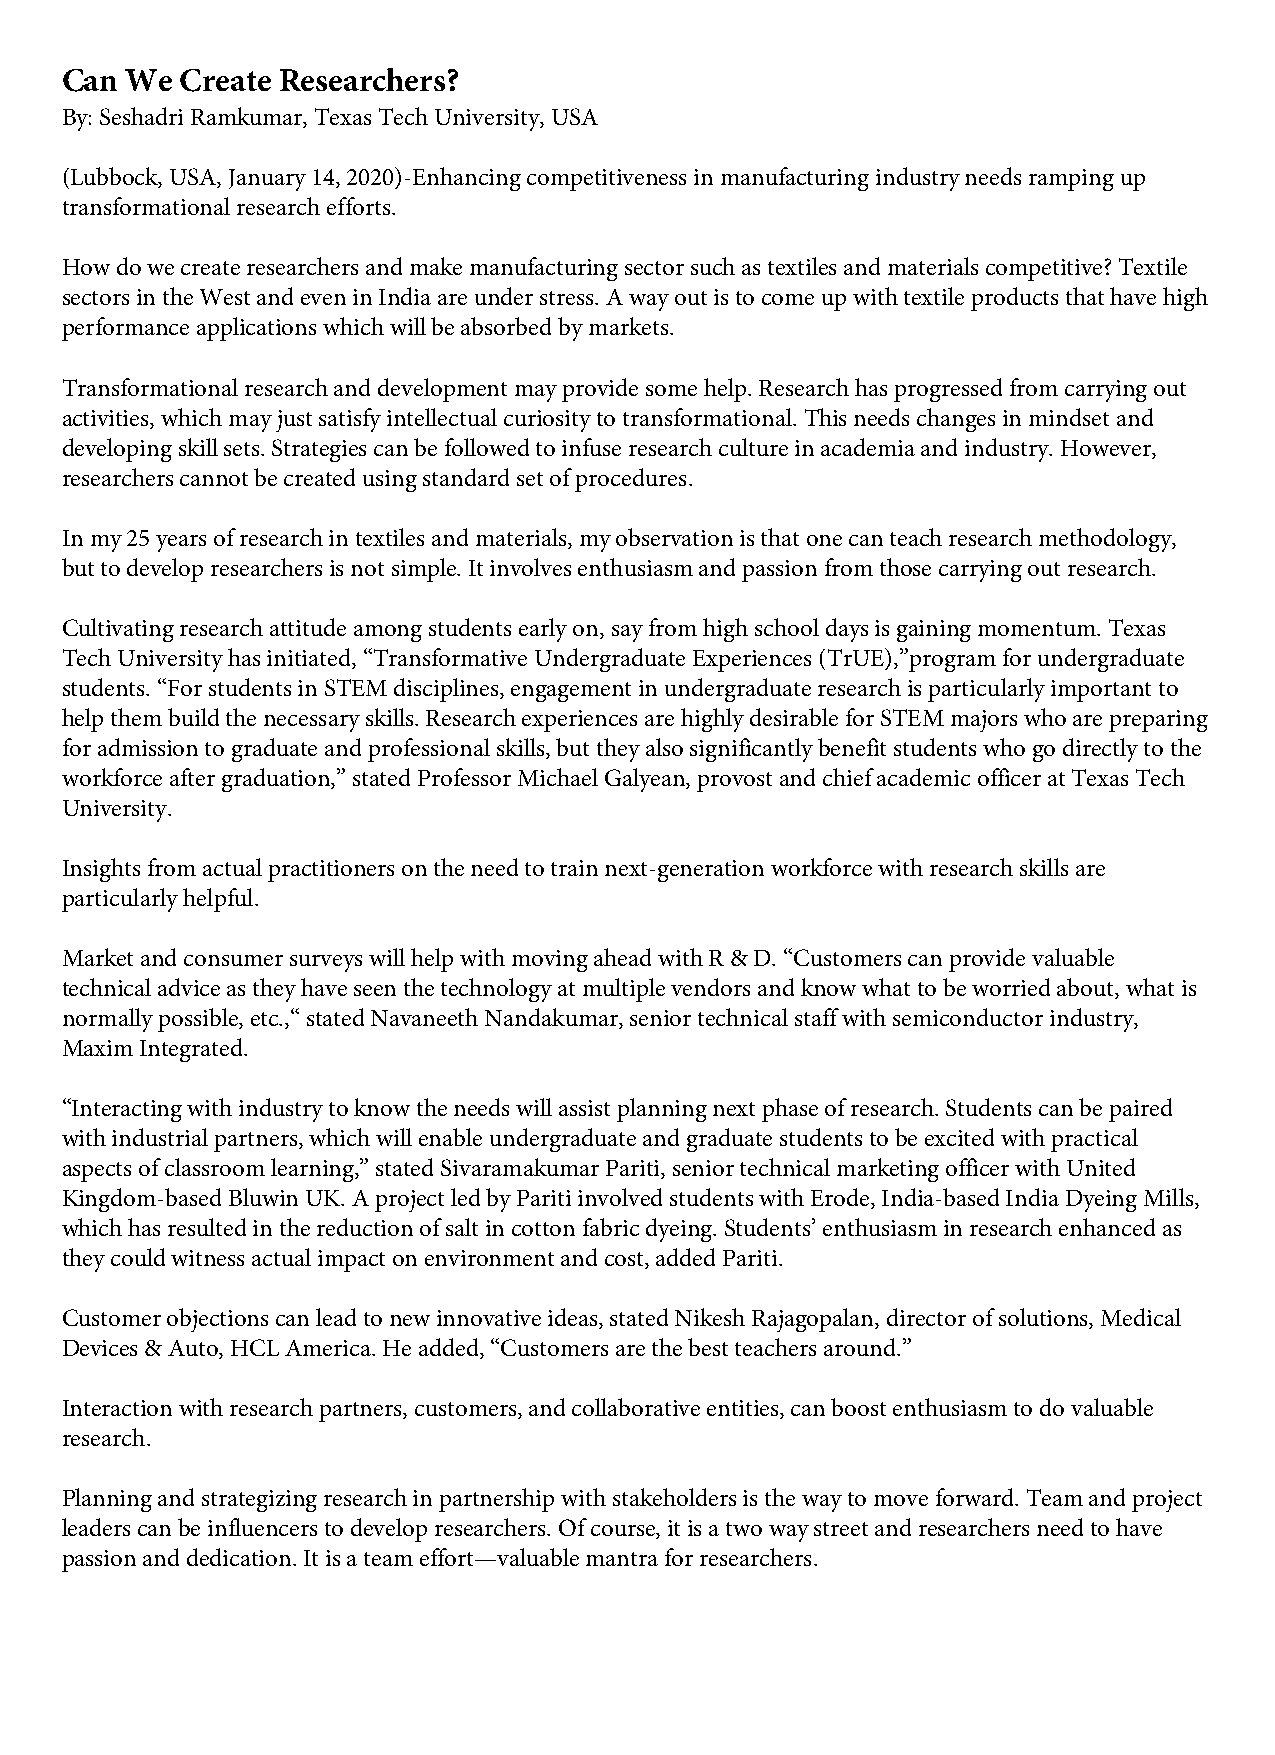
Can We  Create Researchers?
 By: Seshadri Ramkumar, Texas Tech University, USA
 (Lubbock, USA, January 14, 2020)-Enhancing competitiveness in manufacturing industry needs ramping up
 transformational research efforts.
 How do we create researchers and make manufacturing sector such as textiles and materials competitive? Textile
 sectors in the West and even in India are under stress. A way out is to come up with textile products that have high
 performance applications which will be absorbed by markets.
 Transformational research and development may provide some help. Research has progressed from carrying out
 activities, which may just satisfy intellectual curiosity to transformational. This needs changes in mindset and
 developing skill sets. Strategies can be followed to infuse research culture in academia and industry. However,
 researchers cannot be created using standard set of procedures.
 In my 25 years of research in textiles and materials, my observation is that one can teach research methodology,
 but to develop researchers is not simple. It involves enthusiasm and passion from those carrying out research.
 Cultivating research attitude among students early on, say from high school days is gaining momentum. Texas
 Tech University has initiated, “Transformative Undergraduate Experiences (TrUE),”program for undergraduate
 students. “For students in STEM disciplines, engagement in undergraduate research is particularly important to
 help them build the necessary skills. Research experiences are highly desirable for STEM majors who are preparing
 for admission to graduate and professional skills, but they also significantly benefit students who go directly to the
 workforce after graduation,” stated Professor Michael Galyean, provost and chief academic officer at Texas Tech
 University.
 Insights from actual practitioners on the need to train next-generation workforce with research skills are
 particularly helpful.
 Market and consumer surveys will help with moving ahead with R & D. “Customers can provide valuable
 technical advice as they have seen the technology at multiple vendors and know what to be worried about, what is
 normally possible, etc.,“ stated Navaneeth Nandakumar, senior technical staff with semiconductor industry,
 Maxim Integrated.
 “Interacting with industry to know the needs will assist planning next phase of research. Students can be paired
 with industrial partners, which will enable undergraduate and graduate students to be excited with practical
 aspects of classroom learning,” stated Sivaramakumar Pariti, senior technical marketing officer with United
 Kingdom-based Bluwin UK. A project led by Pariti involved students with Erode, India-based India Dyeing Mills,
 which has resulted in the reduction of salt in cotton fabric dyeing. Students’ enthusiasm in research enhanced as
 they could witness actual impact on environment and cost, added Pariti.
 Customer objections can lead to new innovative ideas, stated Nikesh Rajagopalan, director of solutions, Medical
 Devices & Auto, HCL America. He added, “Customers are the best teachers around.”
 Interaction with research partners, customers, and collaborative entities, can boost enthusiasm to do valuable
 research.
 Planning and strategizing research in partnership with stakeholders is the way to move forward. Team and project
 leaders can be influencers to develop researchers. Of course, it is a two way street and researchers need to have
 passion and dedication. It is a team effort—valuable mantra for researchers.